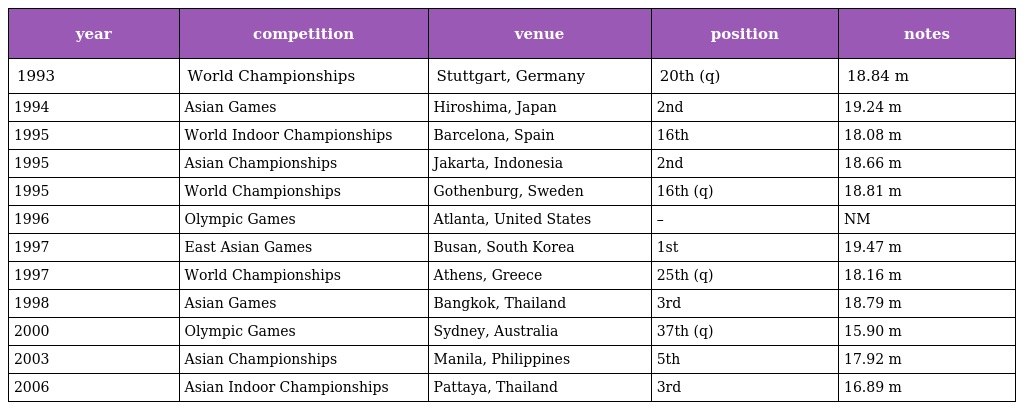
| year | competition | venue | position | notes |
 | --- | --- | --- | --- | --- |
 | 1993 | World Championships | Stuttgart, Germany | 20th (q) | 18.84 m |
 | 1994 | Asian Games | Hiroshima, Japan | 2nd | 19.24 m |
 | 1995 | World Indoor Championships | Barcelona, Spain | 16th | 18.08 m |
 | 1995 | Asian Championships | Jakarta, Indonesia | 2nd | 18.66 m |
 | 1995 | World Championships | Gothenburg, Sweden | 16th (q) | 18.81 m |
 | 1996 | Olympic Games | Atlanta, United States | – | NM |
 | 1997 | East Asian Games | Busan, South Korea | 1st | 19.47 m |
 | 1997 | World Championships | Athens, Greece | 25th (q) | 18.16 m |
 | 1998 | Asian Games | Bangkok, Thailand | 3rd | 18.79 m |
 | 2000 | Olympic Games | Sydney, Australia | 37th (q) | 15.90 m |
 | 2003 | Asian Championships | Manila, Philippines | 5th | 17.92 m |
 | 2006 | Asian Indoor Championships | Pattaya, Thailand | 3rd | 16.89 m |